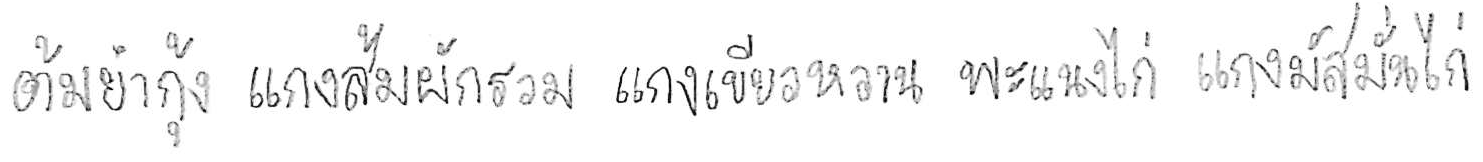
ต้มยำกุ้ง แกงส้มผักรวม แกงเขียวหวาน พะแนงไก่ แกงมัสมั่นไก่